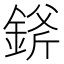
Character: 𨨞